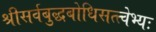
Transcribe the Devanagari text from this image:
श्रीसर्वबुद्धबोधिसत्त्वेभ्यः